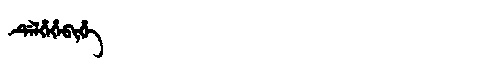
Manchu: ᡩᡝᠯᡥᡝᡥᡝᠪᡳᡥᡝ
Romanization: DELHEHEBIHE